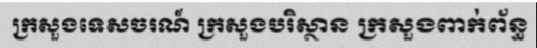
ក្រសួងទេសចរណ៍ ក្រសួងបរិស្ថាន ក្រសួងពាក់ព័ន្ធ